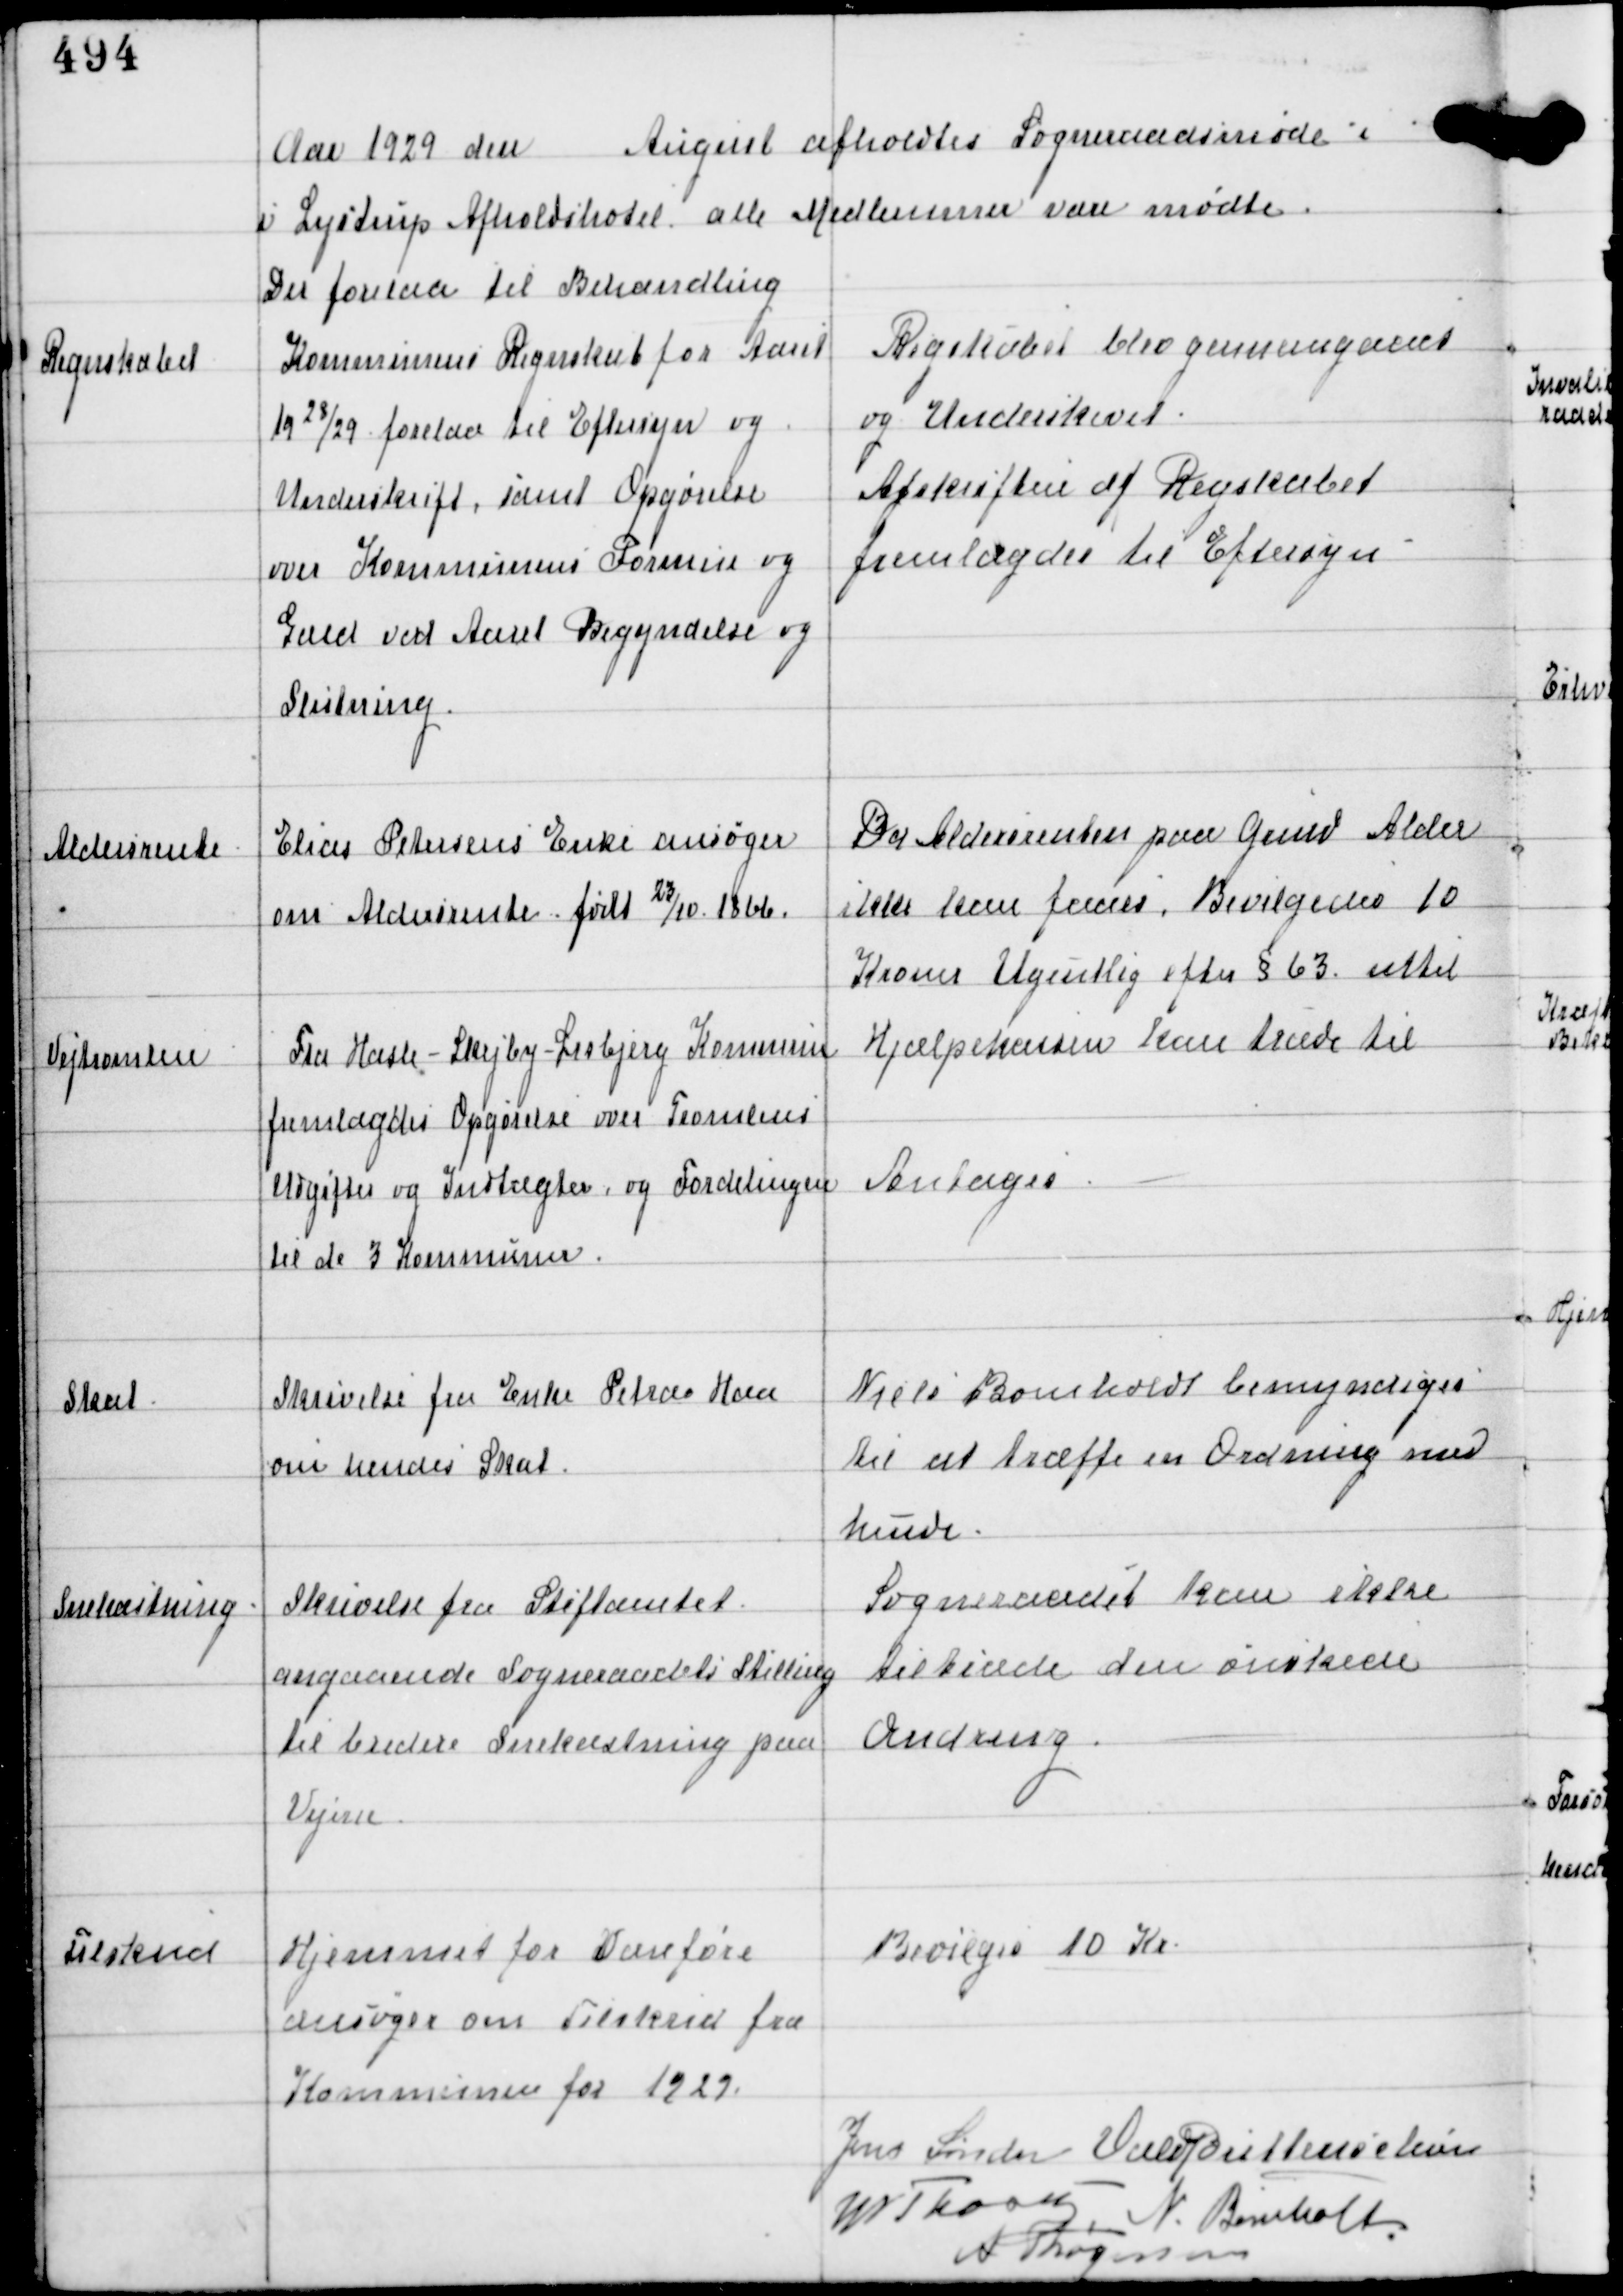
Transskription:
Aar 1929 den August afholdtes Sogneraadsmøde i
i Lystrup Afholdshotel alle Medlemmer vare mødte.
Der forelaa til Behandling

Regnskabet

Kommunens Regnskab for Aaret
1928/29 forelaa til Eftersyn og
Underskrift, samt Opgørelse
over Kommunens Formue og
Gæld ved Aaret Begyndelse og
Slutning.

Regnskabet blev gennemgaaet
og Underskrevet.
Afskriften af Regnskabet
fremlagdes til Eftersyn

Aldersrente

Elias Petersens Enke ansøger
om Aldersrente - født 23/10 1866.

Da Aldersrenten paa Grund Alder
ikke kan faaes, Bevilgedes 10
Kroner Ugentlig efter §63 uttil
Hjælpekassen kan træde til

Vejtromlere

Fra Hasle - Skejby - Lisbjerg Kommune
fremlagdes Opgørelse over Tromlens
Udgifter og Indtægter, og Fordelingen
til de 3 Kommuner

Antages

Skat

Skrivelse fra Enke Petra Haa
om hendes Skat

Niels Bomholdt bemyndiges
til at træffe en Ordning med
hende

Snekastning

Skrivelse fra Stiftamtet
angaaende Sogneraadets Stilling
til bredere Snekastning paa
Vejene

Sogneraadet kan ikke
tiltræde den ønskede
Ændring

Tilskud

Hjemmet for Vanføre
ansøger om Tilskud fra
Kommunen for 1929.

Bevilges 10 Kr

Jens Sønder Vald Buttenschøn
W Thorup
N. Bomholt
A Thøgersen